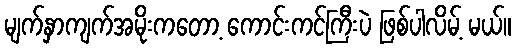
မျက်နှာကျက်အမိုးကတော့ ကောင်းကင်ကြီးပဲ ဖြစ်ပါလိမ့် မယ်။